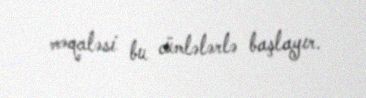
məqaləsi bu cümlələrlə başlayır.